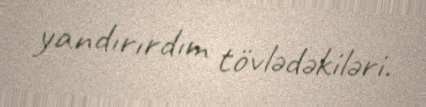
yandırırdım tövlədəkiləri.